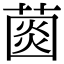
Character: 𦸠